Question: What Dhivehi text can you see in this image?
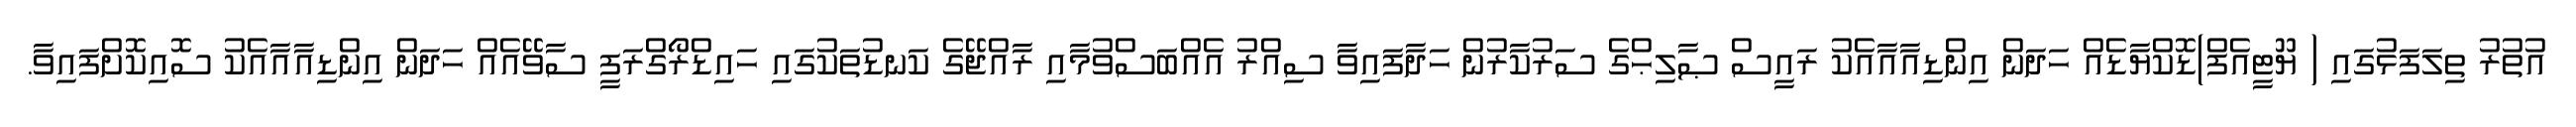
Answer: އުތުރު ތިލަފަޅުގައި ( ޔޫޓީއެފް)ޑޮކްޔާޑެއް ހަދަން އިންޑިއާއާއެކު ރައީސް ޞާލިޙްގެ ސަރުކާރުން ހަދާފައިވާ ސިއްރު އެއްބަސްވުމާއި ރާއްޖޭގެ ކަނޑުތަކުގައި ހައިޑްރޯގްރަފީ ސާވޭއެއް ހަދަން އިންޑިއާއާއެކު ސޮއިކޮށްފައިވާ.